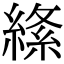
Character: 𦃡